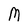
Character: M